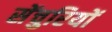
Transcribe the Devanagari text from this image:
सेंचुरियों